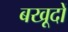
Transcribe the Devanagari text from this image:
बखूदों